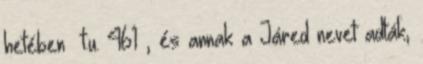
hetében t.u. 461 , és annak a Járed nevet adták,